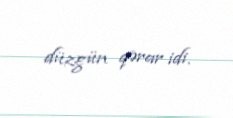
düzgün qərar idi.